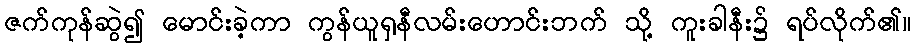
ဇက်ကုန်ဆွဲ၍ မောင်းခဲ့ကာ ကွန်ယူရှနီလမ်းဟောင်းဘက် သို့ ကူးခါနီး၌ ရပ်လိုက်၏။